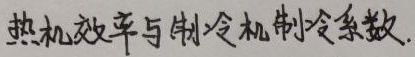
热机效率与制冷机制冷系数.